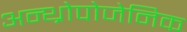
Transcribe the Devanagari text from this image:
अन्थ्रोपोजेनिक